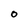
Character: O